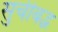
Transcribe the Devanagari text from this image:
सुचीबद्ध